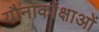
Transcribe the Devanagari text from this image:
यौनाकांक्षाओं